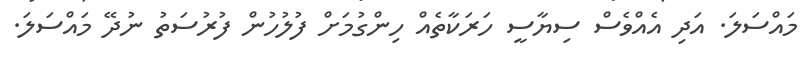
މައްސަލަ. އަދި އެއްވެސް ސިޔާސީ ހަރަކާތެއް ހިންގުމަށް ފުލުހުން ފުރުސަތު ނުދޭ މައްސަލަ.